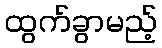
ထွက်ခွာမည့်